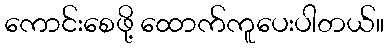
ကောင်းစေဖို့ ထောက်ကူပေးပါတယ်။